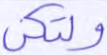
ولتكن